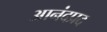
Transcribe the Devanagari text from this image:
आनंदप्रद